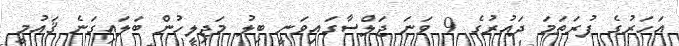
އަހަރުގެ ފުރަތަމަ ދައުރުގެ 9 ވަނަ ޖަލްސާގައިވަނީ ބިލު މަޖިލީހުން ބަލައިގަނެ ޤައުމީ